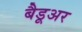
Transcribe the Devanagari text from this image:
बैडूअर